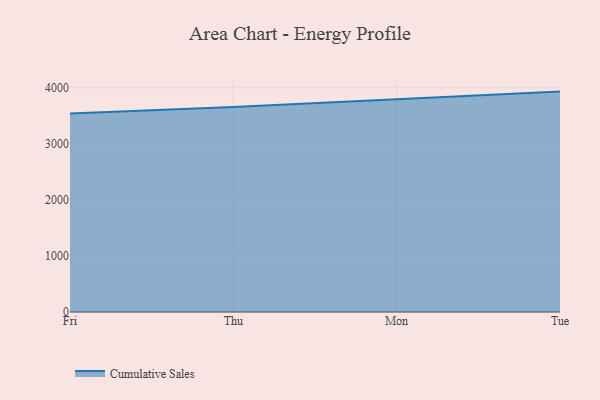
{"axis": {"x": "Day", "y": "Operating Costs (USD K)"}, "legend": ["Cumulative Sales"], "data": [{"x": "Fri", "y": 3542.0, "type": "Cumulative Sales"}, {"x": "Thu", "y": 3656.0, "type": "Cumulative Sales"}, {"x": "Mon", "y": 3793.8, "type": "Cumulative Sales"}, {"x": "Tue", "y": 3932.5, "type": "Cumulative Sales"}]}